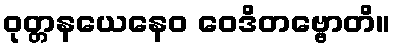
ဝုတ္တနယေနေဝ ဝေဒိတဗ္ဗောတိ။